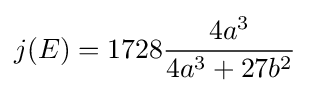
j(E)=1728{\frac {4a^{3}}{4a^{3}+27b^{2}}}